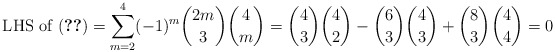
\begin{align*} \text{ LHS of (\ref{eqn:final})} = \sum_{m=2}^4 (-1)^m \binom{2m}{3} \binom{4}{m} = \binom{4}{3} \binom{4}{2} - \binom{6}{3} \binom{4}{3} + \binom{8}{3} \binom{4}{4} = 0 \end{align*}